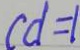
c d = 1